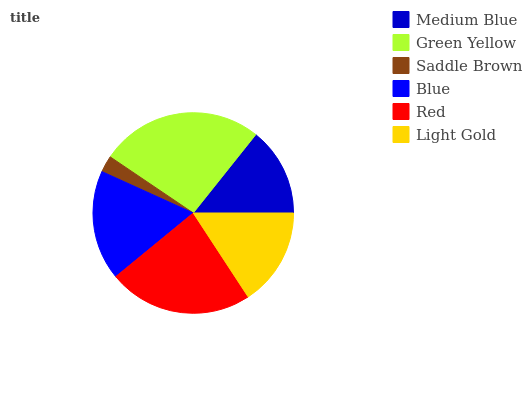
| Medium Blue | Green Yellow | Saddle Brown | Blue | Red | Light Gold |
 | --- | --- | --- | --- | --- | --- |
 | 14.3% | 26.3% | 2.69% | 17.7% | 23.3% | 15.8% |